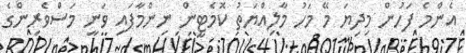
އެންމެ ފަހުން މިދިޔަ މޭ މަހު މާލިއްޔަތު ކޮމެޓީން ނިންމާފައި ވަނީ މަސްވެރިންގެ